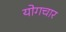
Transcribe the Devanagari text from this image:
योगचार